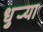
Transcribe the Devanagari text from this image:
धुर्‍या